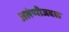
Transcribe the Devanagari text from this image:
अलेप्पीजवळ